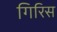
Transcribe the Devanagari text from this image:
गिरिस